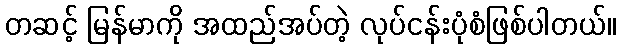
တဆင့် မြန်မာကို အထည်အပ်တဲ့ လုပ်ငန်းပုံစံဖြစ်ပါတယ်။